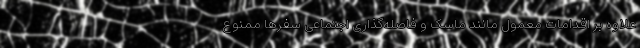
علاوه بر اقدامات معمول مانند ماسک و فاصله‌گذاری اجتماعی سفرها ممنوع